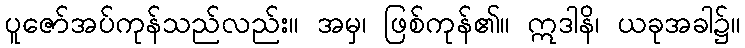
ပူဇော်အပ်ကုန်သည်လည်း။ အမှ၊ ဖြစ်ကုန်၏။ ဣဒါနိ၊ ယခုအခါ၌။